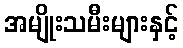
အမျိုးသမီးများနှင့်